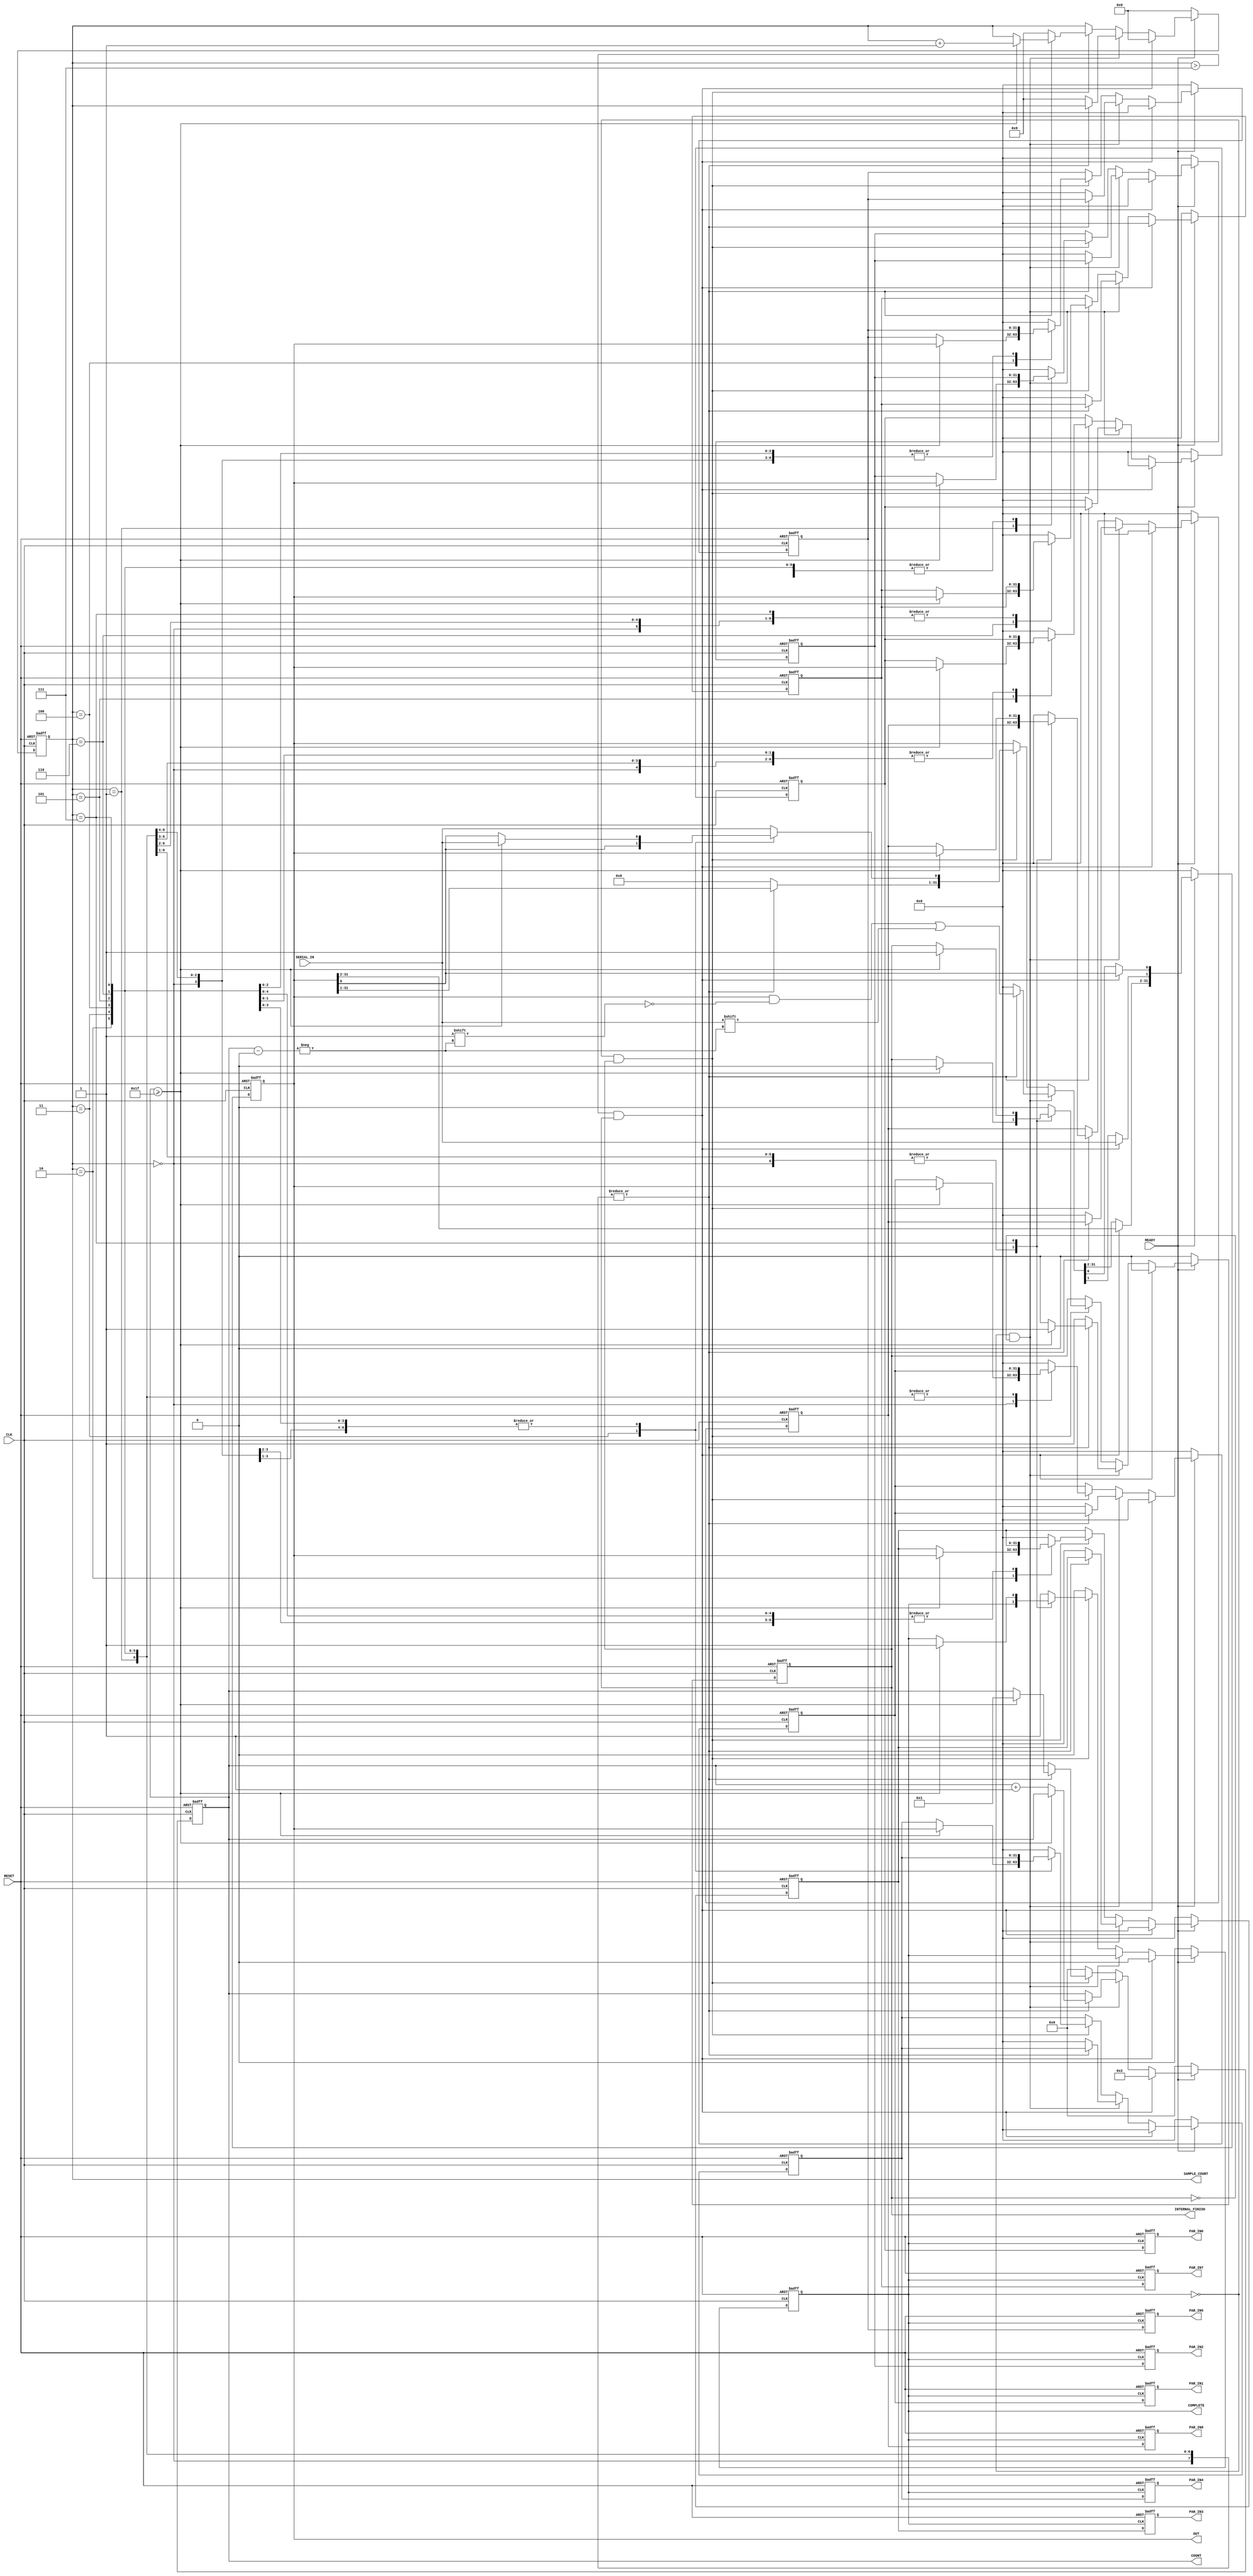
// This program was cloned from: https://github.com/SparcLab/OpenSERDES
// License: GNU General Public License v3.0

module deserialiser_unit_cell_1 (CLK,RESET,READY, SERIAL_IN, PAR_IN1,PAR_IN2,PAR_IN3,PAR_IN4,PAR_IN5,PAR_IN6,PAR_IN7,PAR_IN8,
COMPLETE,INTERNAL_FINISH,COUNT,SAMPLE_COUNT,OUT);
input CLK,RESET,READY,SERIAL_IN;
output reg [31:0] PAR_IN1,PAR_IN2,PAR_IN3,PAR_IN4,PAR_IN5,PAR_IN6,PAR_IN7,PAR_IN8,OUT;
reg [31:0] int_PAR_IN1,int_PAR_IN2,int_PAR_IN3,int_PAR_IN4,int_PAR_IN5,int_PAR_IN6,int_PAR_IN7,int_PAR_IN8;
output reg [5:0] COUNT;
output reg [3:0] SAMPLE_COUNT;
output reg INTERNAL_FINISH,COMPLETE;

always @(posedge CLK or negedge RESET)
begin
	if(RESET == 0)
	begin
	    int_PAR_IN1 <= 32'd0;int_PAR_IN2 <= 32'd0;int_PAR_IN3 <= 32'd0;int_PAR_IN4 <= 32'd0;int_PAR_IN5 <= 32'd0;int_PAR_IN6 <= 32'd0;int_PAR_IN7 <= 32'd0;int_PAR_IN8 <= 32'd0;
	    INTERNAL_FINISH <= 0;
	    OUT <= 32'd0;
	    COUNT <= 6'd0;
	    COMPLETE <= 0;
	    SAMPLE_COUNT <= 4'd0;
	end
	else if(READY == 1)
	begin
         if(SAMPLE_COUNT > 4'd7 && INTERNAL_FINISH == 1)
	   begin
		COMPLETE <= 0;
		SAMPLE_COUNT <= 4'd0;
		int_PAR_IN1 <= 32'd0;int_PAR_IN2 <= 32'd0;int_PAR_IN3 <= 32'd0;int_PAR_IN4 <= 32'd0;int_PAR_IN5 <= 32'd0;int_PAR_IN6 <= 32'd0;int_PAR_IN7 <= 32'd0;int_PAR_IN8 <= 32'd0;
	        //OUT <= 32'd0;
		INTERNAL_FINISH <= 0;
		COUNT <= 6'd2;
		OUT[1] <= SERIAL_IN;
	   end
	else if (COMPLETE ==0 && INTERNAL_FINISH == 0)
	   begin
			case(SAMPLE_COUNT)
		   4'd0: begin
		    OUT[COUNT] <= SERIAL_IN;
		    if(COUNT >= 6'd31)
		    begin
			INTERNAL_FINISH <= 1;
			//SAMPLE_COUNT <= SAMPLE_COUNT + 1;
		        //COUNT <= 6'd0;
		        //int_PAR_IN1 <= OUT;
		    end
		    else
		    begin
		    	COUNT <= COUNT+6'd1;
			INTERNAL_FINISH <= 0;
		    end
		         end
		4'd1: begin
		    OUT[COUNT] <= SERIAL_IN;
		    //INTERNAL_FINISH <= 0;
		    if(COUNT >= 6'd31)
		    begin
			INTERNAL_FINISH <= 1;
			//SAMPLE_COUNT <= SAMPLE_COUNT + 1;
		        //COUNT <= 6'd0;
			//int_PAR_IN2 <= OUT;
		    end
		    else
		    begin
		    	COUNT <= COUNT+6'd1;
			INTERNAL_FINISH <= 0;
		    end
		         end
		   4'd2: begin
		    OUT[COUNT] <= SERIAL_IN;
		    //INTERNAL_FINISH <= 0;
		    if(COUNT >= 6'd31)
		    begin
			INTERNAL_FINISH <= 1;
			//SAMPLE_COUNT <= SAMPLE_COUNT + 1;
		        //COUNT <= 6'd0;
			//int_PAR_IN3 <= OUT;
		    end
		    else
		    begin
		    	COUNT <= COUNT+6'd1;
			INTERNAL_FINISH <= 0;
		    end
		         end
		4'd3: begin
		    OUT[COUNT] <= SERIAL_IN;
		    //INTERNAL_FINISH <= 0;
		    if(COUNT >= 6'd31)
		    begin
			INTERNAL_FINISH <= 1;
			//SAMPLE_COUNT <= SAMPLE_COUNT + 1;
		        //COUNT <= 6'd0;
			//int_PAR_IN4 <= OUT;
		    end
		    else
		    begin
		    	COUNT <= COUNT+6'd1;
			INTERNAL_FINISH <= 0;
		    end
		         end
		4'd4: begin
		    OUT[COUNT] <= SERIAL_IN;
		    //INTERNAL_FINISH <= 0;
		    if(COUNT >= 6'd31)
		    begin
			INTERNAL_FINISH <= 1;
			//SAMPLE_COUNT <= SAMPLE_COUNT + 1;
		        //COUNT <= 6'd0;
			//int_PAR_IN5 <= OUT;
		    end
		    else
		    begin
		    	COUNT <= COUNT+6'd1;
			INTERNAL_FINISH <= 0;
		    end
		         end
		4'd5: begin
		    OUT[COUNT] <= SERIAL_IN;
		    //INTERNAL_FINISH <= 0;
		    if(COUNT >= 6'd31)
		    begin
			INTERNAL_FINISH <= 1;
			//SAMPLE_COUNT <= SAMPLE_COUNT + 1;
		        //COUNT <= 6'd0;
			//int_PAR_IN6 <= OUT;
		    end
		    else
		    begin
		    	COUNT <= COUNT+6'd1;
			INTERNAL_FINISH <= 0;
		    end
		         end
		   4'd6: begin
		    OUT[COUNT] <= SERIAL_IN;
		    //INTERNAL_FINISH <= 0;
		    if(COUNT >= 6'd31)
		    begin
			INTERNAL_FINISH <= 1;
			//SAMPLE_COUNT <= SAMPLE_COUNT + 1;
		        //COUNT <= 6'd0;
			//int_PAR_IN7 <= OUT;
		    end
		    else
		    begin
		    	COUNT <= COUNT+6'd1;
			INTERNAL_FINISH <= 0;
		    end
		         end
		4'd7: begin
		    OUT[COUNT] <= SERIAL_IN;
		    //INTERNAL_FINISH <= 0;
		    if(COUNT >= 6'd31)
		    begin
			INTERNAL_FINISH <= 1;
			//SAMPLE_COUNT <= SAMPLE_COUNT + 1;
		        //COUNT <= 6'd0;
			//int_PAR_IN8 <= OUT;
		    end
		    else
		    begin
		    	COUNT <= COUNT+6'd1;
			INTERNAL_FINISH <= 0;
		    end
		         end
		default: begin
		  	SAMPLE_COUNT <= 4'd9;
		        int_PAR_IN1 <= 32'd0;int_PAR_IN2 <= 32'd0;int_PAR_IN3 <= 32'd0;int_PAR_IN4 <= 32'd0;int_PAR_IN5 <= 32'd0;int_PAR_IN6 <= 32'd0;int_PAR_IN7 <= 32'd0;int_PAR_IN8 <= 32'd0;
			OUT <= 32'd0;
		        INTERNAL_FINISH <= 1;
		end
		endcase
       end
	else if (COMPLETE ==0 && INTERNAL_FINISH == 1)
	   begin
		
		case(SAMPLE_COUNT)
		   4'd0: begin
		    if(COUNT >= 6'd31)
		    begin
			OUT[0] <= SERIAL_IN;
			INTERNAL_FINISH <= 0;
			SAMPLE_COUNT <= SAMPLE_COUNT + 1;
		        COUNT <= 6'd1;
		        int_PAR_IN1 <= OUT;
		    end
		    end
		4'd1: begin
		    if(COUNT >= 6'd31)
		    begin
			OUT[0] <= SERIAL_IN;
			INTERNAL_FINISH <= 0;
			SAMPLE_COUNT <= SAMPLE_COUNT + 1;
		        COUNT <= 6'd1;
			int_PAR_IN2 <= OUT;
		    end
		    end
		   4'd2: begin
		    if(COUNT >= 6'd31)
		    begin
			OUT[0] <= SERIAL_IN;
			INTERNAL_FINISH <= 0;
			SAMPLE_COUNT <= SAMPLE_COUNT + 1;
		        COUNT <= 6'd1;
			int_PAR_IN3 <= OUT;
		    end
		         end
		4'd3: begin
		    if(COUNT >= 6'd31)
		    begin
			INTERNAL_FINISH <= 0;
			SAMPLE_COUNT <= SAMPLE_COUNT + 1;
		        COUNT <= 6'd1;
			int_PAR_IN4 <= OUT;
		    end
		         end
		4'd4: begin
		    if(COUNT >= 6'd31)
		    begin
			OUT[0] <= SERIAL_IN;
			INTERNAL_FINISH <= 0;
			SAMPLE_COUNT <= SAMPLE_COUNT + 1;
		        COUNT <= 6'd1;
			int_PAR_IN5 <= OUT;
		    end
		         end
		4'd5: begin
		    if(COUNT >= 6'd31)
		    begin
			OUT[0] <= SERIAL_IN;
			INTERNAL_FINISH <= 0;
			SAMPLE_COUNT <= SAMPLE_COUNT + 1;
		        COUNT <= 6'd1;
			int_PAR_IN6 <= OUT;
		    end
		         end
		   4'd6: begin
		    if(COUNT >= 6'd31)
		    begin
			OUT[0] <= SERIAL_IN;
			INTERNAL_FINISH <= 0;
			SAMPLE_COUNT <= SAMPLE_COUNT + 1;
		        COUNT <= 6'd1;
			int_PAR_IN7 <= OUT;
		    end
		         end
		4'd7: begin
		    if(COUNT >= 6'd31)
		    begin
			OUT[0] <= SERIAL_IN;
			INTERNAL_FINISH <= 1;
			SAMPLE_COUNT <= SAMPLE_COUNT + 1;
		        COUNT <= 6'd1;
			COMPLETE <= 1;
			int_PAR_IN8 <= OUT;
		    end
		         end
		default: begin
		  	SAMPLE_COUNT <= 4'd9;
		        int_PAR_IN1 <= 32'd0;int_PAR_IN2 <= 32'd0;int_PAR_IN3 <= 32'd0;int_PAR_IN4 <= 32'd0;int_PAR_IN5 <= 32'd0;int_PAR_IN6 <= 32'd0;int_PAR_IN7 <= 32'd0;int_PAR_IN8 <= 32'd0;
			OUT <= 32'd0;
		        INTERNAL_FINISH <= 0;
			COMPLETE <= 1;
			OUT[0] <= SERIAL_IN;
		end
		endcase
	
	   end	
	else
    begin
	COUNT <= 6'd0;
	COMPLETE <=0;
    end
   end
    else
    begin
	COUNT <= 6'd0;
	int_PAR_IN1 <= 32'd0;int_PAR_IN2 <= 32'd0;int_PAR_IN3 <= 32'd0;int_PAR_IN4 <= 32'd0;int_PAR_IN5 <= 32'd0;int_PAR_IN6 <= 32'd0;int_PAR_IN7 <= 32'd0;int_PAR_IN8 <= 32'd0;
	INTERNAL_FINISH <= 0;
	OUT <= 32'd0;
	COMPLETE <= 0;
	SAMPLE_COUNT <= 4'd0;
    end
	
end

always @(posedge COMPLETE or negedge RESET)
begin
     if(RESET == 0)
	begin
	    PAR_IN1 <= 32'd0;PAR_IN2 <= 32'd0;PAR_IN3 <= 32'd0;PAR_IN4 <= 32'd0;PAR_IN5 <= 32'd0;PAR_IN6 <= 32'd0;PAR_IN7 <= 32'd0;PAR_IN8 <= 32'd0;
	end
     else
	begin
     PAR_IN1 <= int_PAR_IN1;	
     PAR_IN2 <= int_PAR_IN2;	
     PAR_IN3 <= int_PAR_IN3;	
     PAR_IN4 <= int_PAR_IN4;	
     PAR_IN5 <= int_PAR_IN5;	
     PAR_IN6 <= int_PAR_IN6;	
     PAR_IN7 <= int_PAR_IN7;	
     PAR_IN8 <= int_PAR_IN8;
	end
end

endmodule